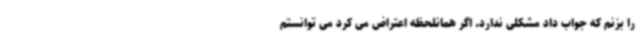
را بزنم که جواب داد مشکلی ندارد. اگر همانلحظه اعتراض می کرد می توانستم